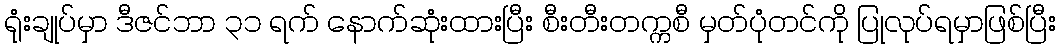
ရုံးချုပ်မှာ ဒီဇင်ဘာ ၃၁ ရက် နောက်ဆုံးထားပြီး စီးတီးတက္ကစီ မှတ်ပုံတင်ကို ပြုလုပ်ရမှာဖြစ်ပြီး